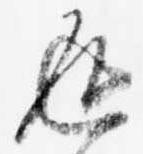
返